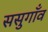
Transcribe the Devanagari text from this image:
ससुगाँव